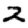
Digit: 2